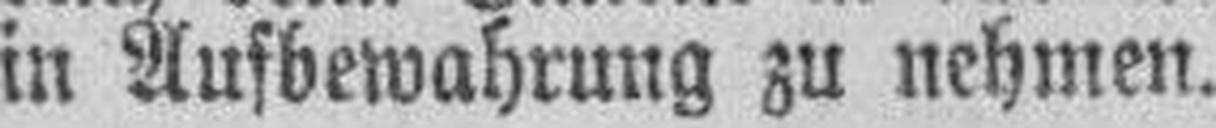
in Aufbewahrung zu nehmen.